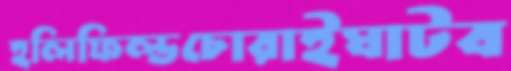
হলিফিল্ডচোরাইঘাটব